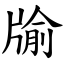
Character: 牏